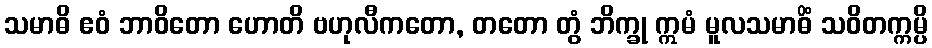
သမာဓိ ဧဝံ ဘာဝိတော ဟောတိ ဗဟုလီကတော, တတော တွံ ဘိက္ခု ဣမံ မူလသမာဓိံ သဝိတက္ကမ္ပိ